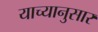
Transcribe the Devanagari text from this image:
याच्यानुसार